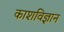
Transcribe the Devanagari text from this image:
काशविज्ञान